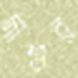
দাশুর